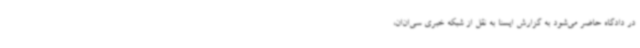
در دادگاه حاضر می‌شود به گزارش ایسنا به نقل از شبکه خبری سی‌ان‌ان،